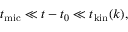
t _ { \mathrm { m i c } } \ll t - t _ { 0 } \ll t _ { \mathrm { k i n } } ( k ) ,